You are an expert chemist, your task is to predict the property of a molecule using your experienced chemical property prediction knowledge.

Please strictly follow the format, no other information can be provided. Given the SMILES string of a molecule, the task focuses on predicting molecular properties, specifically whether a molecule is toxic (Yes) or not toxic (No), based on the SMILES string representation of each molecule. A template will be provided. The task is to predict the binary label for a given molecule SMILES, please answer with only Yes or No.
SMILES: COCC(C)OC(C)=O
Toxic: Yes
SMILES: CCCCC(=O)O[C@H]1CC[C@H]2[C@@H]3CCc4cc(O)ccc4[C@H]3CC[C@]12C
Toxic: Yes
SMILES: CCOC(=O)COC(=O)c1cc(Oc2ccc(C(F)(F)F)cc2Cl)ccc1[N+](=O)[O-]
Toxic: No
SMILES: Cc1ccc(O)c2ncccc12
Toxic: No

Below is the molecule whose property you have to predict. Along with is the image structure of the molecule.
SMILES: Clc1ccc2c(c1)C(N1CCNCC1)=Nc1ccccc1O2
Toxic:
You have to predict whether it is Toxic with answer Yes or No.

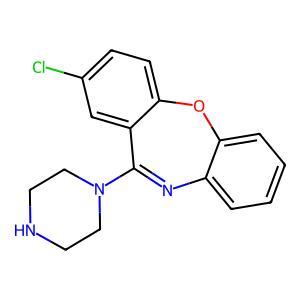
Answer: No